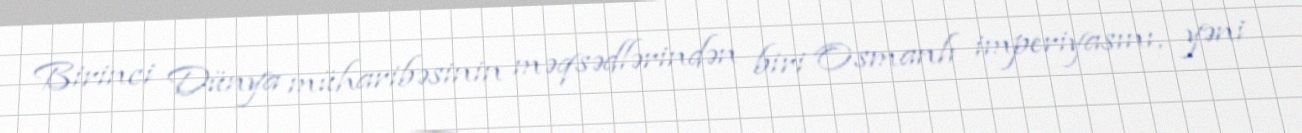
Birinci Dünya müharibəsinin məqsədlərindən biri Osmanlı imperiyasını, yəni